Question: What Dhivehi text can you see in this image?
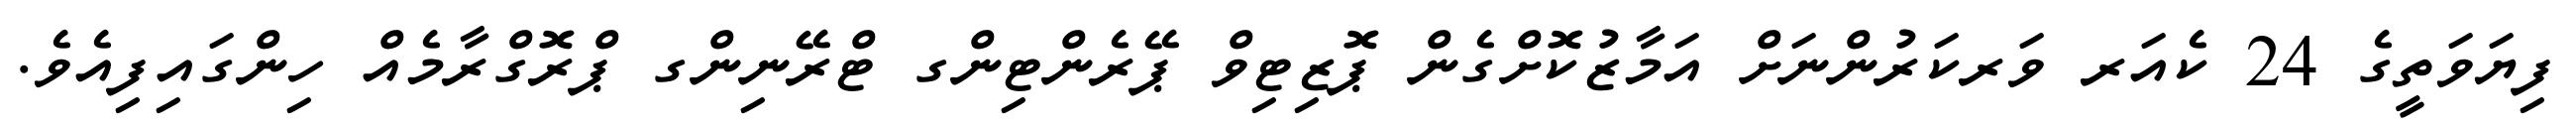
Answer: ފިޔަވަތީގެ 24 ކެއަރ ވަރކަރުންނަށް އަމާޒުކޮށްގެން ޕޮޒިޓިވް ޕޭރެންޓިންގ ޓްރޭނިންގ ޕްރޮގްރާމެއް ހިންގައިފިއެވެ.